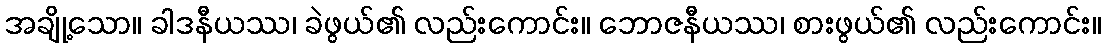
အချို့သော။ ခါဒနီယဿ၊ ခဲဖွယ်၏ လည်းကောင်း။ ဘောဇနီယဿ၊ စားဖွယ်၏ လည်းကောင်း။